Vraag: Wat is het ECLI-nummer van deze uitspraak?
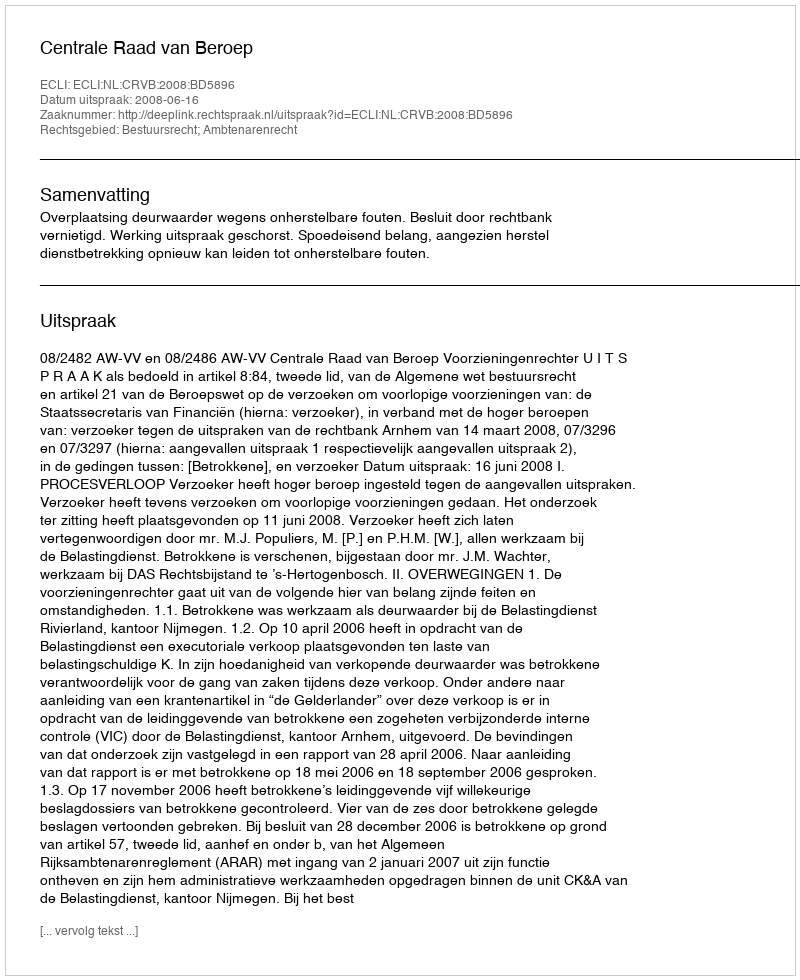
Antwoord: ECLI:NL:CRVB:2008:BD5896